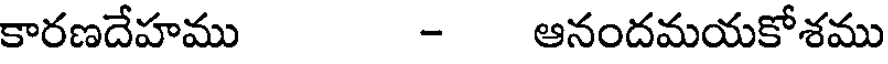
కారణదేహము - ఆనందమయకోశము